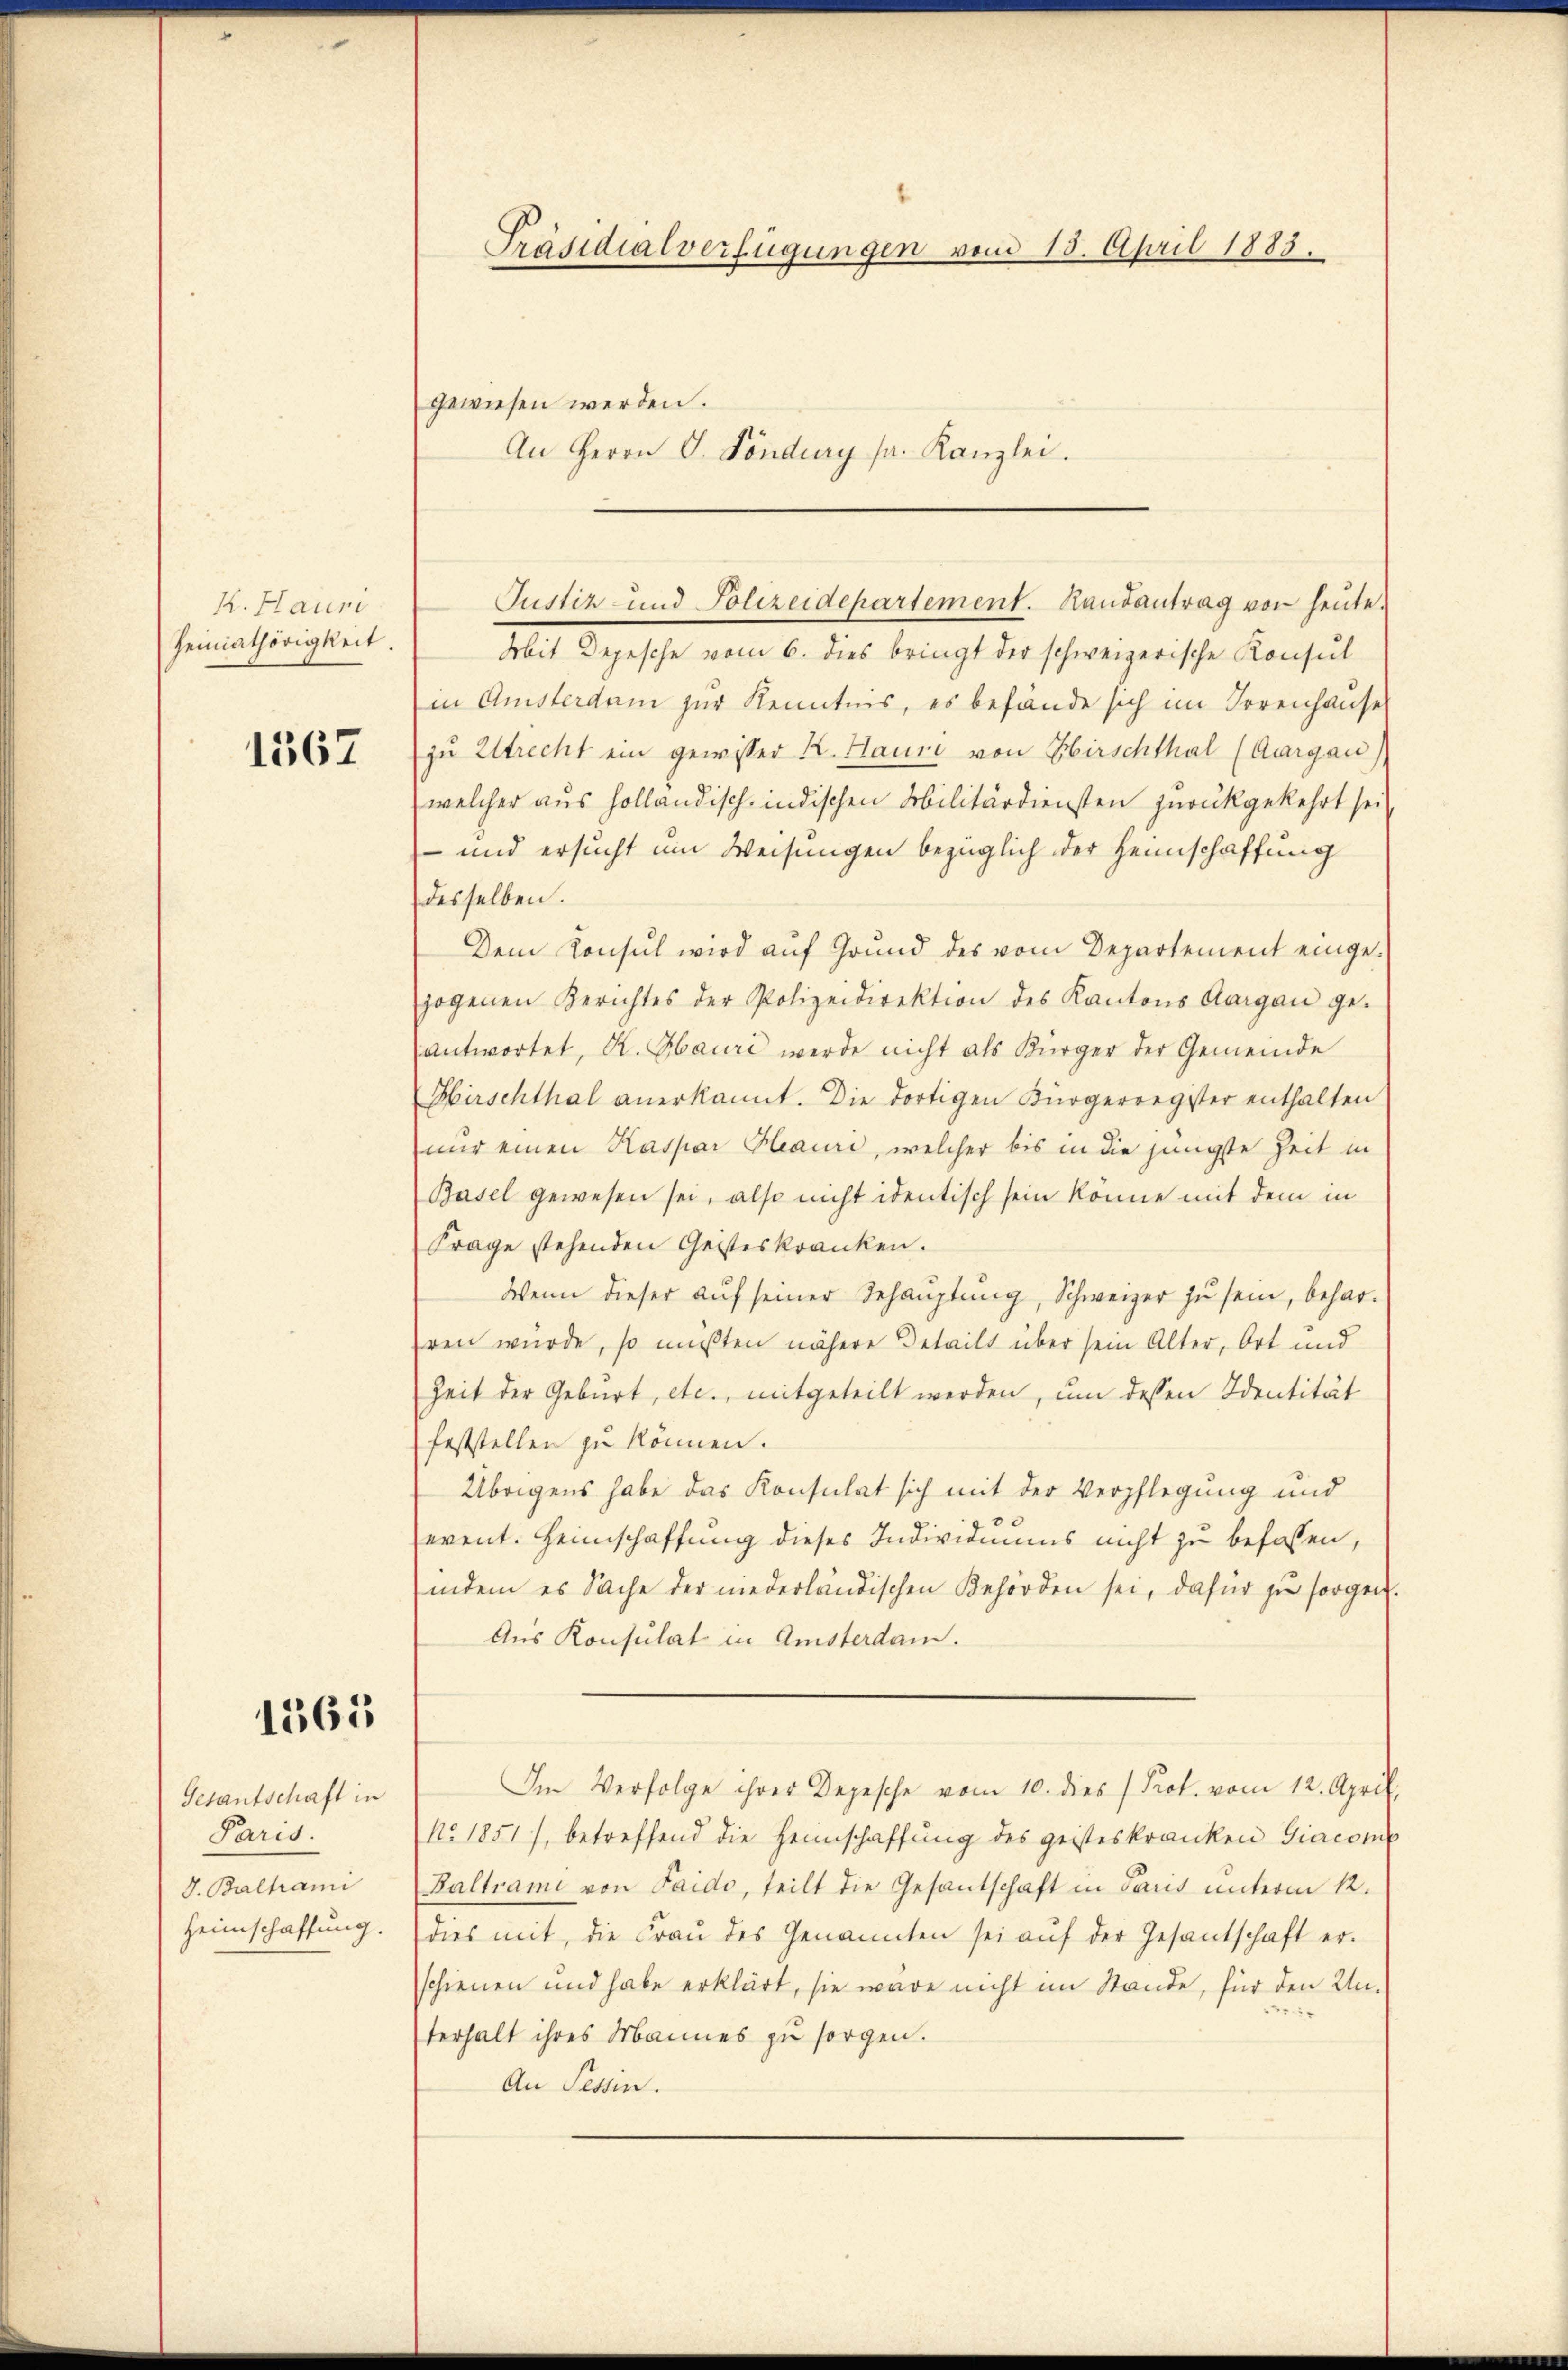
K.Hauri
Heimathörigkeit.

1567

1563

Gesantschaft in
Paris.
J. Baltrami
Heimschaffung.

Präsidialverfügungen vom 15. April 1883.
gewiesen werden.
An Herrn G. Föndury sr. Kanzlei.

Mit Depesche vom 6. dies bringt der schweizerische Konsul
in Amsterdam zur Kenntnis, es befande sich im Irrenhause
zu Ultrecht ein gewisser K. Hause von Hirschthal (Aargau)
welcher aus holländisch-indischen Militärdiensten zurückgekehrt sei
- und ersucht um Weisungen bezüglich der Heimschaffung
desselben.
Dem Konsul wird auf Grund des vom Departement eingezogenen Berichtes der Polizeidirektion des Kantons Aargau ge-
antwortet, K. Mauri werde nicht als Bürger der Gemeinde
Hirschthal anerkannt. Die dortigen Bürgerregister enthalten
nur einen Kaspar Hauri, welcher bis in die jüngste Zeit in
Basel gewesen sei, also nicht identisch sein könne mit dem in
Frage stehenden Geisteskranken.
Wenn dieser auf seiner Behauptung, Schweizer zu sein, beharren würde, so mußten nähere Beteilt über sein Alter, Ort und
Zeit der Geburt, etc., mitgeteilt werden, um dessen Identität
feststellen zu können.
Übrigens habe das Konsulat sich mit der Verpflegung und
event. Heimschaffung dieses Individuums nicht zu befassen,
indem es Sache der niederländischen Behörden sei, dafür zu sorgen.
Aus Konsulat in Amsterdam.
Im Verfolge ihrer Depesche vom 10. dies Prof. vom 12. April
No. 1851), betreffend die Heimschaffŭng des geisteskranken Giacome
Baltrami von Laido, teilt die Gesantschaft in Paris unterm 12.
dies mit, die Fraŭ des Genannten sei aŭf der Gesantschaft er-
schienen und habe erklärt, sie wäre nicht im Stande, für den Unterhalt ihres Mannes zu sorgen.
An Tessin.

Justiz- und Polizeidepartement. Randantrag von heute.